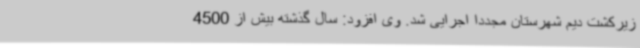
زیرکشت دیم شهرستان مجدداً اجرایی شد. وی افزود: سال گذشته بیش از 4500